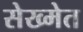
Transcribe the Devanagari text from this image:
सेख्मेत